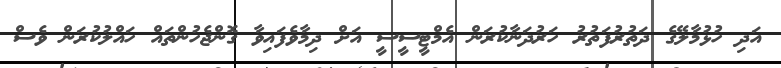
އަދި ހުޅުމާލޭގެ ދަތުރުފަތުރު ހަރުދަނާކުރަން އެމްޓީސީސީ އަށް ދިމާވެފައިވާ ގޮންޖެހުންތައް ހައްލުކުރަން ވެސް